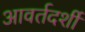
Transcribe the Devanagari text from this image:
आवर्तदर्शी